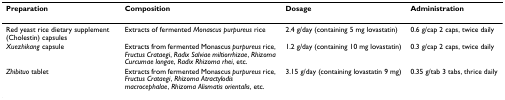
<table><thead><tr><td><b>Preparation</b></td><td><b>Composition</b></td><td><b>Dosage</b></td><td><b>Administration</b></td></tr></thead><tbody><tr><td>Red yeast rice dietary supplement (Cholestin) capsules</td><td>Extracts of fermented <i>Monascus purpureus </i>rice</td><td>2.4 g/day (containing 5 mg lovastatin)</td><td>0.6 g/cap 2 caps, twice daily</td></tr><tr><td><i>Xuezhikang </i>capsule</td><td>Extracts from fermented Monascus <i>purpureus </i>rice, <i>Fructus Crataegi</i>, <i>Radix Salviae miltiorrhizae</i>, <i>Rhizoma Curcumae longae</i>, <i>Radix Rhizoma rhei</i>, etc.</td><td>1.2 g/day (containing 10 mg lovastatin)</td><td>0.3 g/cap 2 caps, twice daily</td></tr><tr><td><i>Zhibituo </i>tablet</td><td>Extracts from fermented Monascus <i>purpureus </i>rice, <i>Fructus Crataegi</i>, <i>Rhizoma Atractylodis macrocephalae</i>, <i>Rhizoma Alismatis orientalis</i>, etc.</td><td>3.15 g/day (containing lovastatin 9 mg)</td><td>0.35 g/tab 3 tabs, thrice daily</td></tr></tbody></table>